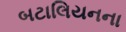
બટાલિયનના